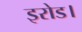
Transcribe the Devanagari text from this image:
इरोड।